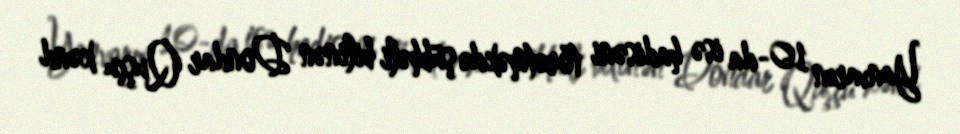
Yanvarın 10-da isə hadisəni törətməkdə şübhəli bilinən Dondar Quşçu kənd